Report on the bubonic plague in Bombay, 1896-1897
Year: 1896
Disease focus: Plague
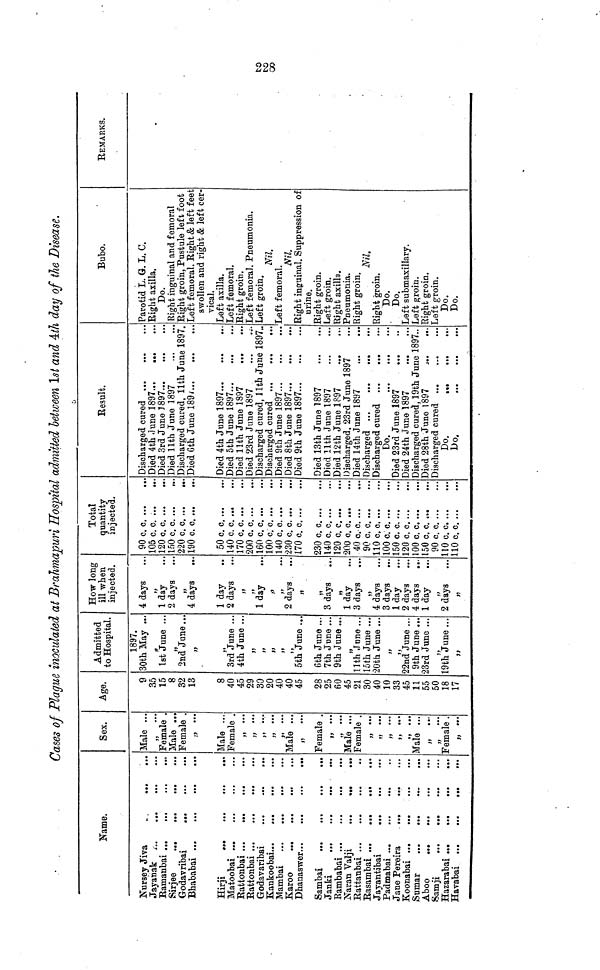
Cases of Plague inoculated at Brdhmapuri Hospital admitted between 1st and 4th day of the Disease.
Name.
Nursey Jiva
Jayanak ...
Ramanbai ...
Sirjee
...
Godavribai
Bhababai ...
Hirji
...
Matoobai ...
Rattonbai ...
Rattonbai ...
Godavaribai
Kankoobai...
Mambai ...
Karoo
...
Dhanaswer...
Sambai ...
Janki
...
Rambabai ...
Naran Valji
Rattabai ...
Rasambai ...
Jayantibai
Padmabai ...
Jane Fereira
Koonabai ...
Sumar
...
Aboo
...
Samji
...
Hazarabai ...
Havabai ...
...
...
...
...
...
...
...
...
...
...
...
...
...
...
...
...
...
•••
...
...
...
...
...
...
...
...
...
...
...
...
...
...
...
...
...
...
...
...
...
...
...
...
...
...
...
...
•••
•••
...
...
...
...
...
...
...
...
...
...
...
...
...
...
...
...
...
...
...
...
...
...
...
...
...
...
...
...
...
Sex.
Male ...
...
Female .
Male ...
Female .
" ...
Male ...
Female .
" ...
" ...
" ...
"
" ...
Male ...
" ...
Female .
" ...
" ...
Male ...
Female .
" ...
" ...
"...
"...
" ...
Male ...
" ...
" ...
Female.
" ...
Age.
9
35
15
8
32
13
8
40
45
29
30
20
40
40
45
28
25
60
45
21
30
40
10
33
45
11
55
50
18
17
Admitted
to Hospital.
1897.
30th May
...
1st June
2nd Jane
"
"
3rd June
4th June
,,
,,
,,
,,
,,
5th June
6th June
7th June
9th June
...
11th June
[5th June
20th June
,,
22nd June
9th June
23rd June
,,
9th June
...
...
...
...
...
...
...
...
...
...
...
...
...
...
...
...
How long
ill when
injected.
4 days
"
1 day
2 days
"
4 days
1 day
2 days
",
"
1day
"
"
2 days
"
"
3 days
"
1 day
3 days
"
4 days
3 days
1 day
2 days
4 days
1 day
"
2 days
"
...
...
...
...
...
...
...
...
...
...
...
...
...
...
...
...
...
...
Total
quantity
injected.
90
105
120
150
220
190
50
140
170
200
160
100
140
230
170
230
140
120
200
40
90
110
100
150
120
100
150
90«
110
110
c.
c.
c.
c.
c.
c.
c.
c.
c.
c.
c.
c.
c.
c.
c.
c.
c.
c.
c.
c.
c.
c.
0.
c.
B.
c.
3.
c.
c.
c.
c.
c.
c.
c.
c.
c.
c.
c.
c.
c.
c.
c.
c.
c.
c.
c.
c.
c.
c.
c.
c.
c.
c.
c.
c.
0.
c.
c.
c.
B. .
...
...
...
...
...
...
...
...
...
...
...
...
...
...
...
...
...
...
• a.
...
...
..
...
"
"
...
...
...
...
...
...
...
...
...
...
...
...
...
...
...
...
...
• ••
...
• ••
• ••
...
...
...
• ••
...
• ••
...
• ••
...
Result.
Discharged cured ...
Died 4th June 1897...
Died 3rd June 1897...
Died 11th June 1897
...
...
...
...
...
...
...
...
Discharged cured, 11th June 1897.
Died 6th June 1897...
Died 4th June 1897...
Died 5th June 1897...
Died 11th June 1897
Died 23rd June 1897
...
...
...
...
...
...
...
...
...
...
Discharged cured, 11th June 1897..
Discharged cured ...
Died 9th June 1897...
Died 8th June 1897...
Died 9th June 1897...
Died 13th June 1897
Died 11th June 1897
Died 12th June 1897
Discharged. 23rd June
Died 14th June 1897
Discharged cured ...
Do.
Died 23rd June 1897
Died 24th June 1897
...
...
...
...
...
...
...
1897
•••
a«»
• ••
...
...
...
...
...
...
...
...
...
...
».
...
...
Discharged cured. 19th June 1897..
Died 28th June 1897
Discharged cured ...
Do.
...
Do.
...
...
•«•
...
«••
...
Bubo.
Parotid L. G. L. C.
Right axilla.
Do.
Right inguinal and femoral
Right groin, Pustule left foot
Left femoral. Right & left feet
swollen and right & left cer-
vical.
Left axilla.
Left femoral.
Right groin.
Left femoral. Pneumonia.
Left groin.
Nil.
Left femoral.
Nil.
Right inguinal. Suppression of
urine.
Right groin.
Left groin.
Right axilla.
Pneumonia.
Bight groin.
Nil.
Bight groin.
Do.
Do.
Left submaxillary.
Left groin.
Right groin.
Left groin.
Do.
Do.
REMARKS.
228